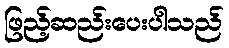
ဖြည့်ဆည်းပေးပါသည်